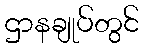
ဌာနချုပ်တွင်